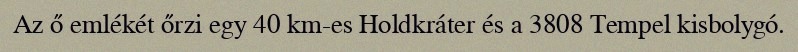
Az ő emlékét őrzi egy 40 km-es Holdkráter és a 3808 Tempel kisbolygó.